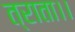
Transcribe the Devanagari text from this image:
त्राता।।